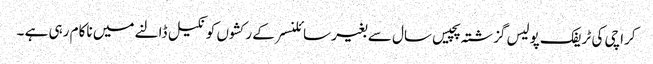
کراچی کی ٹریفک پولیس گزشتہ پچیس سال سے بغیر سائلنسر کے رکشوں کو نکیل ڈالنے میں ناکام رہی ہے ۔